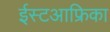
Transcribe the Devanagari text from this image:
ईस्टआफ्रिका